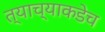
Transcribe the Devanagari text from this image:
त्याच्याकडेच